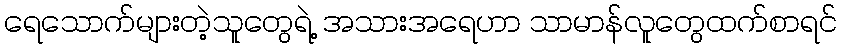
ရေသောက်များတဲ့သူတွေရဲ့ အသားအရေဟာ သာမာန်လူတွေထက်စာရင်